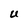
Character: U